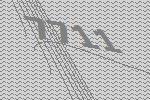
7711